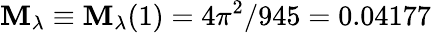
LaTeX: \mathbf{M}_{\lambda}\equiv\mathbf{M}_{\lambda}(1)=4\pi^{2}/945=0.04177